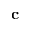
\mathbf { c }